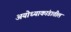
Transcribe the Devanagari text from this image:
अयोध्याकांडातील